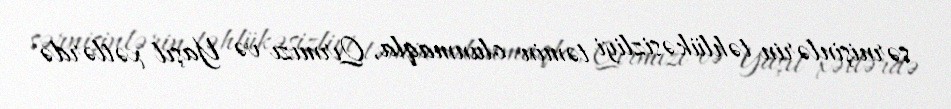
sərnişinlərin təhlükəsizliyi təmin olunmaqla, Qırmızı və Yaşıl xətlərdə